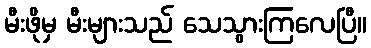
မီးဖိုမှ မီးများသည် သေသွားကြလေပြီ။